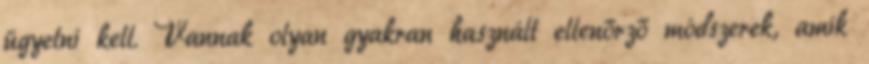
ügyelni kell. Vannak olyan gyakran használt ellenőrző módszerek, amik